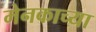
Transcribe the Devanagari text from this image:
मेनकाच्या